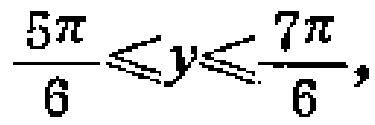
$\frac{5\pi}{6}\leqslant y\leqslant\frac{7\pi}{6},$